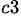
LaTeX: ^{c3}